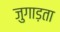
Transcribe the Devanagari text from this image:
जुगाड़ता